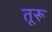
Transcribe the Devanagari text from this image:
तूरू